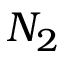
N _ { 2 }